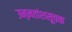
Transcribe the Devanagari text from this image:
उन्ऩतांशसूचक